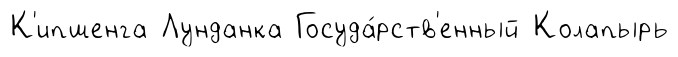
К'ипшенга Лунданка Госуда́рств'енный Колапырь